Document type: Sale
Year: 1226
Scribe: Ramon d'Om
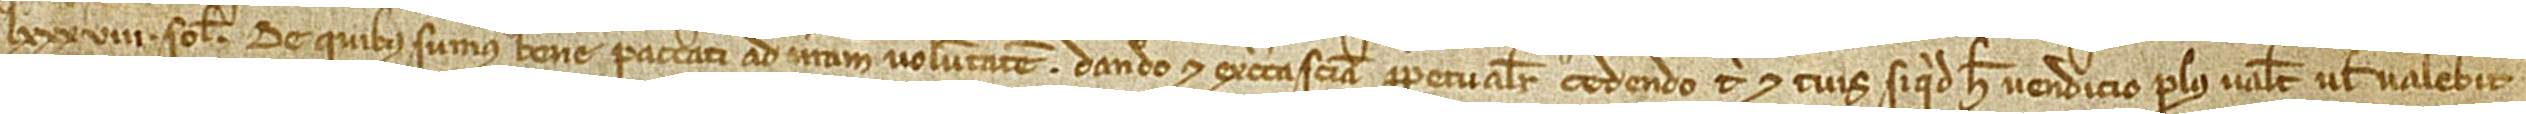
LXXXVIII solidos, de quibus sumus bene paccati ad nostram voluntatem, dando et ex cert sciencia perpetualiter cedendo tibi et tuis si quid hec vendicio plus valet vel valebit